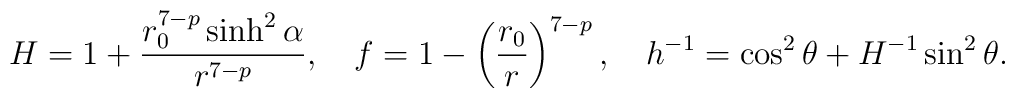
H=1+\frac{r_0^{7-p}\sinh^2\alpha}{r^{7-p}}, \ \ \ f=1-\left(\frac{r_0} {r}\right)^{7-p}, \ \ \ h^{-1}=\cos^2\theta +H^{-1}\sin^2\theta.